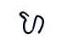
ហ